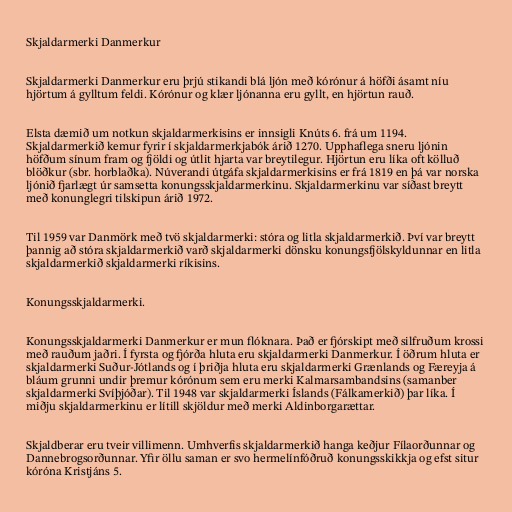
Skjaldarmerki Danmerkur

Skjaldarmerki Danmerkur eru þrjú stikandi blá ljón með kórónur á höfði ásamt níu
hjörtum á gylltum feldi. Kórónur og klær ljónanna eru gyllt, en hjörtun rauð.

Elsta dæmið um notkun skjaldarmerkisins er innsigli Knúts 6. frá um 1194.
Skjaldarmerkið kemur fyrir í skjaldarmerkjabók árið 1270. Upphaflega sneru ljónin
höfðum sínum fram og fjöldi og útlit hjarta var breytilegur. Hjörtun eru líka oft kölluð
blöðkur (sbr. horblaðka). Núverandi útgáfa skjaldarmerkisins er frá 1819 en þá var norska
ljónið fjarlægt úr samsetta konungsskjaldarmerkinu. Skjaldarmerkinu var síðast breytt
með konunglegri tilskipun árið 1972.

Til 1959 var Danmörk með tvö skjaldarmerki: stóra og litla skjaldarmerkið. Því var breytt
þannig að stóra skjaldarmerkið varð skjaldarmerki dönsku konungsfjölskyldunnar en litla
skjaldarmerkið skjaldarmerki ríkisins.

Konungsskjaldarmerki.

Konungsskjaldarmerki Danmerkur er mun flóknara. Það er fjórskipt með silfruðum krossi
með rauðum jaðri. Í fyrsta og fjórða hluta eru skjaldarmerki Danmerkur. Í öðrum hluta er
skjaldarmerki Suður-Jótlands og í þriðja hluta eru skjaldarmerki Grænlands og Færeyja á
bláum grunni undir þremur kórónum sem eru merki Kalmarsambandsins (samanber
skjaldarmerki Svíþjóðar). Til 1948 var skjaldarmerki Íslands (Fálkamerkið) þar líka. Í
miðju skjaldarmerkinu er lítill skjöldur með merki Aldinborgarættar.

Skjaldberar eru tveir villimenn. Umhverfis skjaldarmerkið hanga keðjur Fílaorðunnar og
Dannebrogsorðunnar. Yfir öllu saman er svo hermelínfóðruð konungsskikkja og efst situr
kóróna Kristjáns 5.